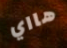
هااي